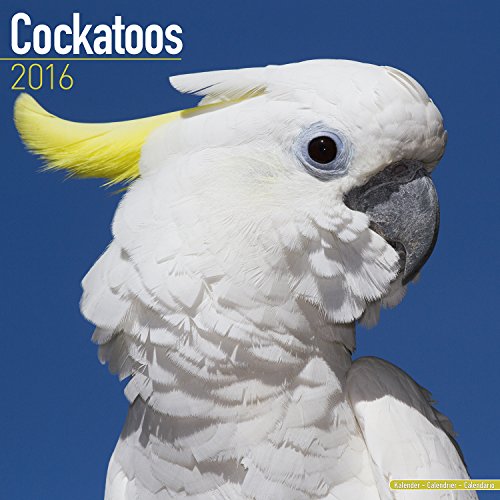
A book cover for Cockatoos Calendar - Only Cockatoos Calendar - 2016 Wall calendars - Parrot Calendars - Animal Calendars - Monthly Wall Calendar by Avonside; MegaCalendars; Crafts, Hobbies & Home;